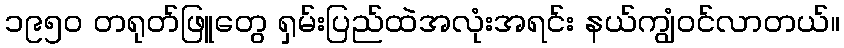
၁၉၅၀ တရုတ်ဖြူတွေ ရှမ်းပြည်ထဲအလုံးအရင်း နယ်ကျွံဝင်လာတယ်။